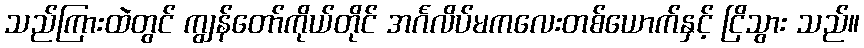
သည်ကြားထဲတွင် ကျွန်တော်ကိုယ်တိုင် အင်္ဂလိပ်မကလေးတစ်ယောက်နှင့် ငြိသွား သည်။